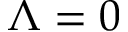
{ \Lambda = 0 }